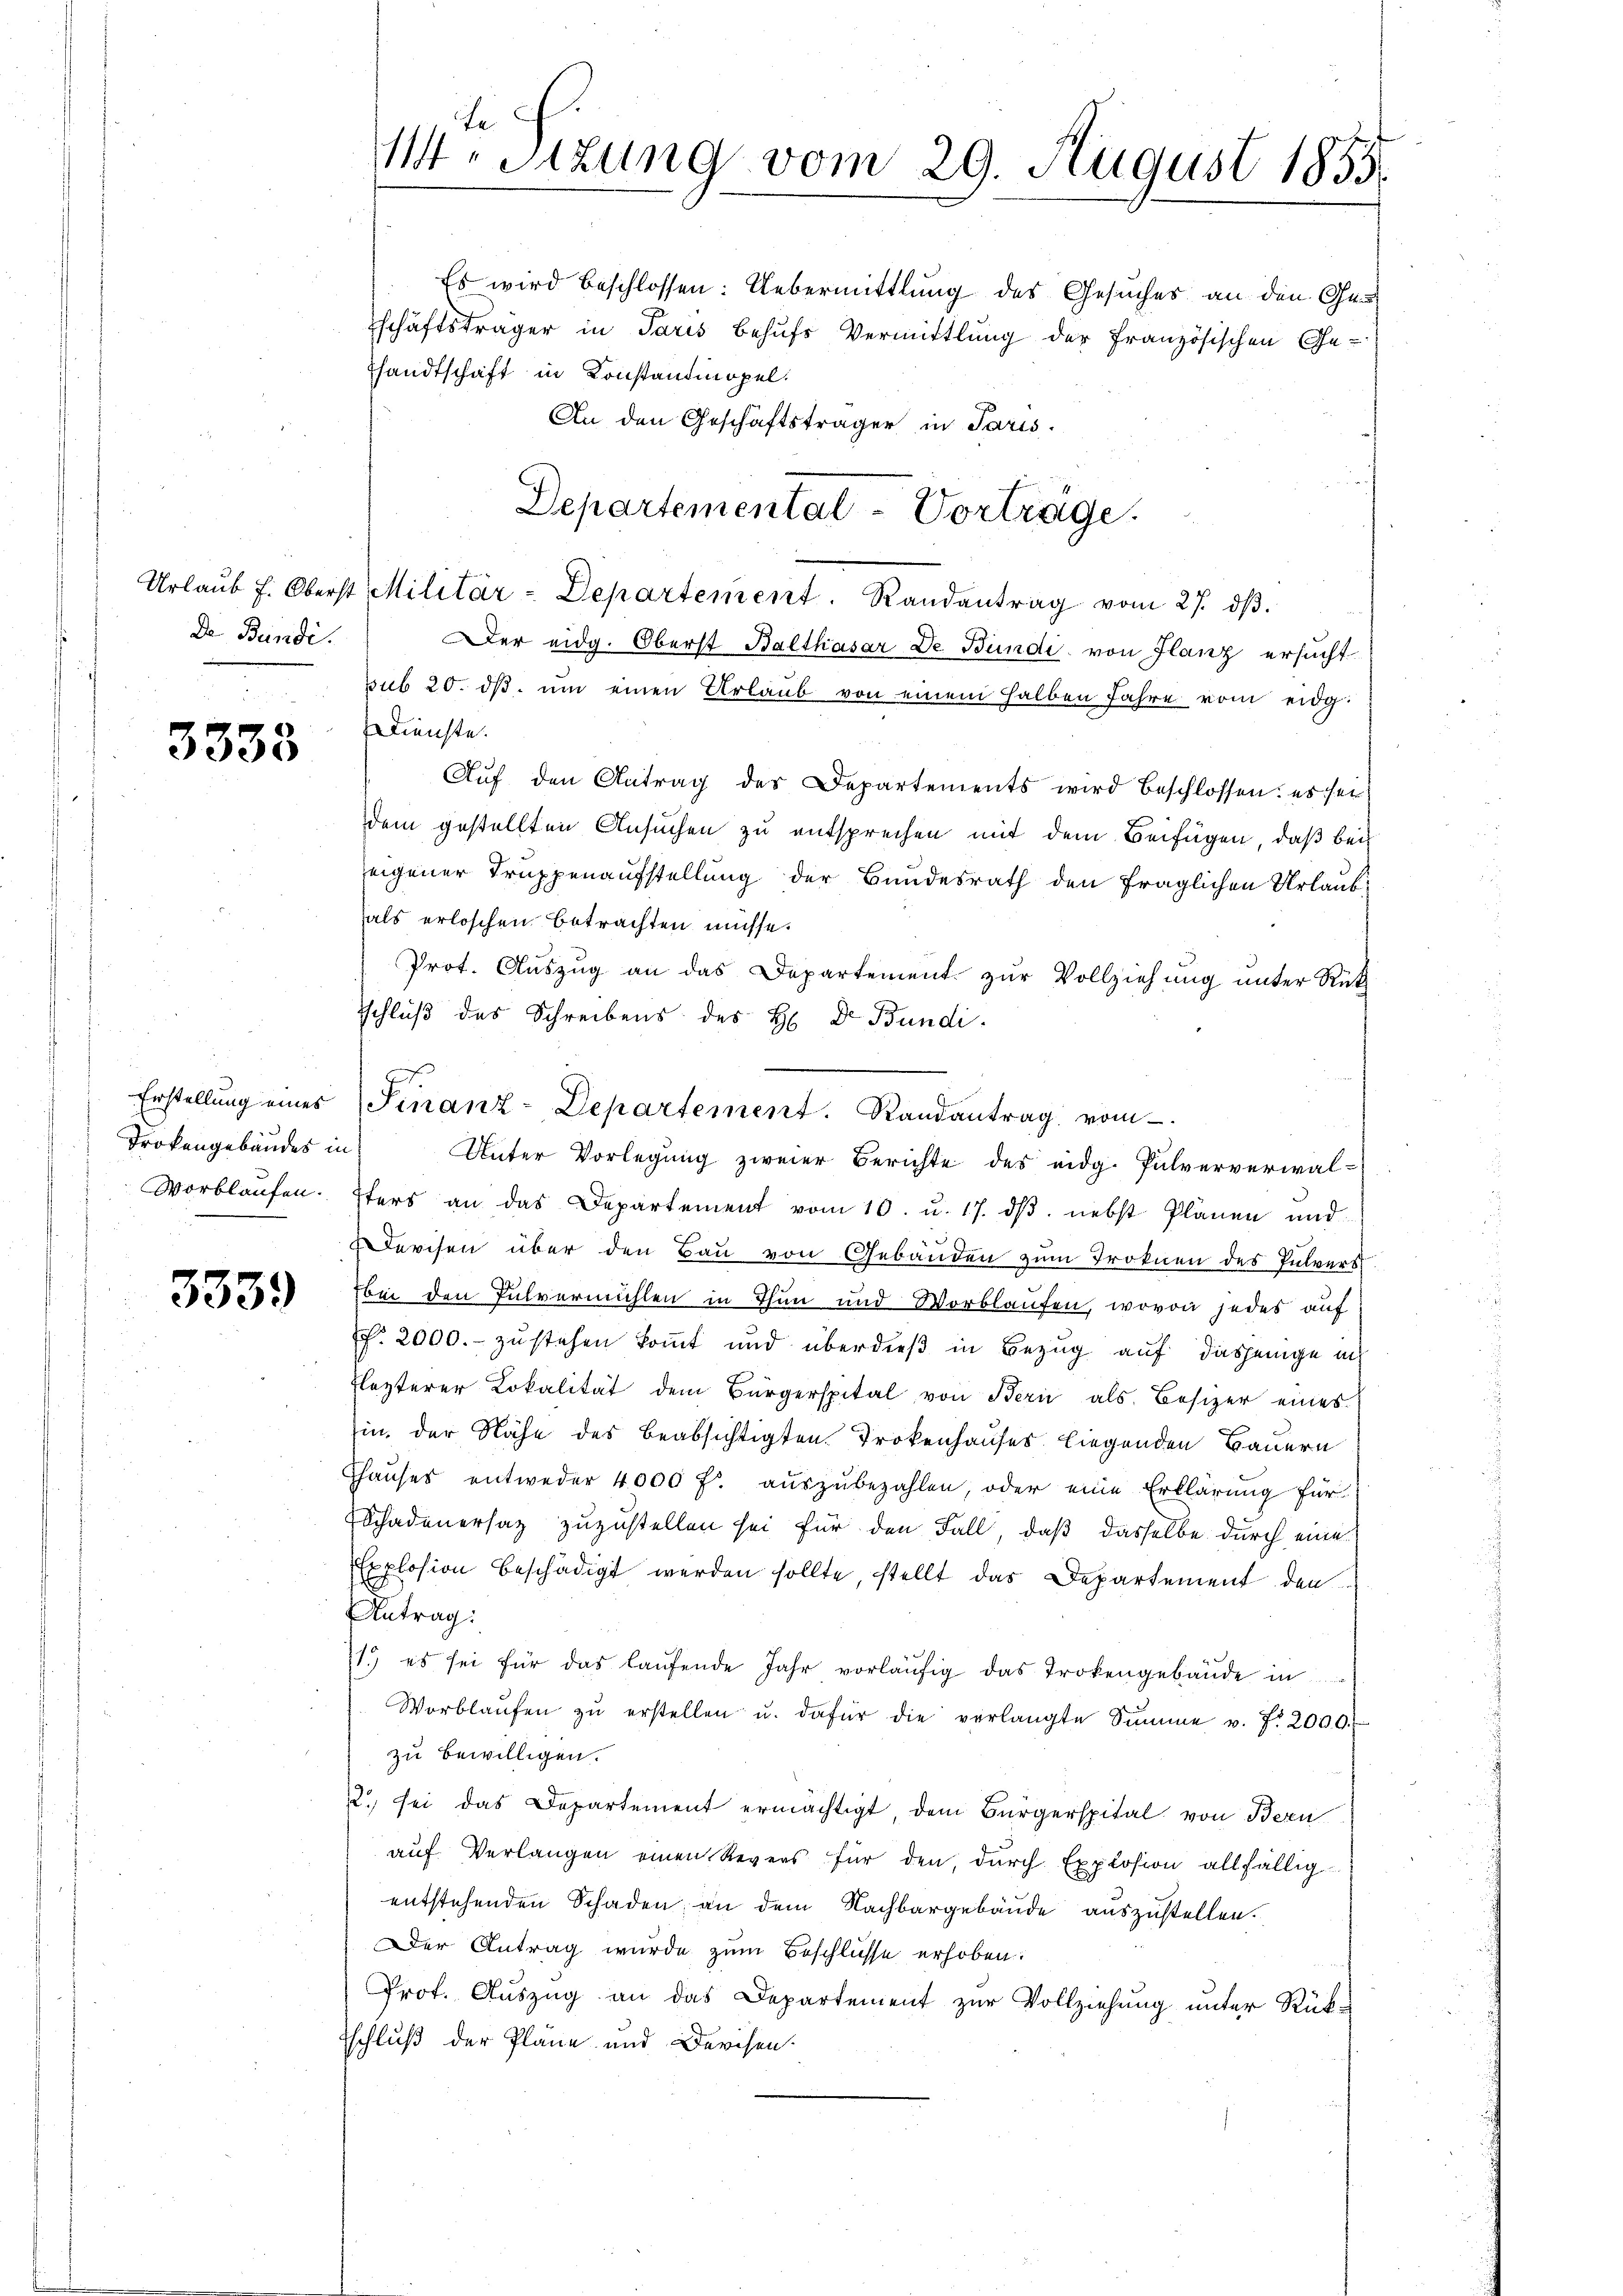
De Bunde.

3338

Trokengebäudes in

3339

M. Sitzung vom 29. August 1855.

Es wird beschlossen: Uebermittlung des Gesuches an den Ges
Eschäftsträger in Paris behufs Vermittlung der Französischen Ge-
Thandtschaft in Konstantinopel.
An den Geschäftsträger in Paris.
Urlaŭb h. Oberst Militär-Departement. Randantrag vom 27. dβ.
Der eidg. Oberst Balthasar De Bundi, von Glanz ersucht
sub 20. dβ ŭm einen Urlaŭb von einem halben Jahre vom eidg
edienste.
Aŭf den Antrag des Departements wird beschlossen: es sei
dem gestellten Ansuchen zu entsprechen mit dem Beifügen, daß bei
eigener Truppenaufstellung der Bundesrath den fraglichen Urlaubals erloschen betrachten müsse.
Prot. Aŭszŭg an das Departement zŭr Vollziehŭng ŭnter Rück
sschluß des Schreibens des H. Dr. Bundi-
Erstellŭng eines Sinanz-Departement. Randantrag vom
Unter Vorlegung zweier Berichte des eidg. Pulververwal¬
Vorblaufen. Efers an das Departement vom 10. u. 17. dβ. nebst Plänen und
urisen über den Bau von Gebäuden zum Troknen des Pulverst
bei den Pulvermühlen in Thun und Worblaufen, wovon jedes auf
. 2000.- zustehen kommt und überdieß in Bezug auf dasjenige in
Flezterer Lokalität dem Bürgerspital von Bern als Besizer eines
in, der Nähe des beabsichtigten Trokenhauses liegenden Bauern
Thauses entweder 4000 f. aŭszŭbezahlen, oder eine Erklärung für
Schadenersatz zuzustellen sei für den Fall, daß dasselbe durch eine
Explosion beschädigt werden sollte, stellt das Departement den
Antrag:
11.) es sei für das laufende Jahr vorläufig das Trokengebäude in
Worblaŭfen zŭ erstellen u. dafür die verlangte Summe u. f. 2000.
zu bewilligen.
2. sei das Departement ermächtigt, dem Bürgerspital von Bern
auf Verlangen einen Revers für den, durch Explosion allfällig
entstehenden Schaden, an dem Nachbargebäude auszustellen.
Der Antrag wurde zum Beschlüsse erhoben.
Prof. Auszug an das Departement zur Vollziehung unter Rück-
schluß der Pläne und Devisen.

Departemental-Vorträge.